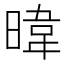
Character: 暐